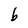
Character: b